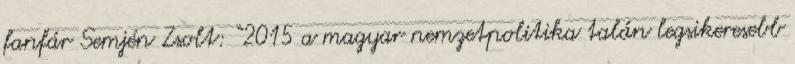
fanfár Semjén Zsolt: “2015 a magyar nemzetpolitika talán legsikeresebb